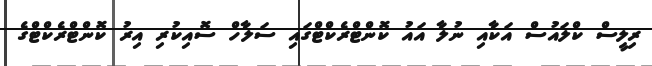
ރިލީސް ކްލައުސް އަކާއި ނުލާ އައު ކޮންޓްރެކްޓްގައި ސަލާހް ސޮއިކުރި އިރު ކޮންޓްރެކްޓްގެ